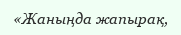
«Жаныңда жапырақ,